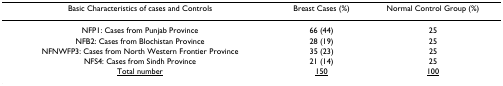
<table><thead><tr><td><b>Basic Characteristics of cases and Controls</b></td><td><b>Breast Cases (%)</b></td><td><b>Normal Control Group (%)</b></td></tr></thead><tbody><tr><td>NFP1: Cases from Punjab Province</td><td>66 (44)</td><td>25</td></tr><tr><td>NFB2: Cases from Blochistan Province</td><td>28 (19)</td><td>25</td></tr><tr><td>NFNWFP3: Cases from North Western Frontier Province</td><td>35 (23)</td><td>25</td></tr><tr><td>NFS4: Cases from Sindh Province</td><td>21 (14)</td><td>25</td></tr><tr><td><underline>Total number</underline></td><td><underline>150</underline></td><td><underline>100</underline></td></tr></tbody></table>